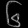
Digit: ၆